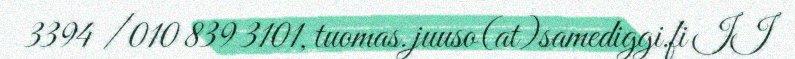
3394 / 010 839 3101, tuomas.juuso(at)samediggi.fi II